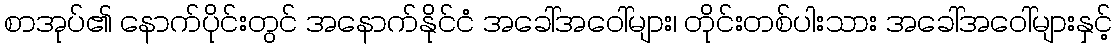
စာအုပ်၏ နောက်ပိုင်းတွင် အနောက်နိုင်ငံ အခေါ်အဝေါ်များ၊ တိုင်းတစ်ပါးသား အခေါ်အဝေါ်များနှင့်